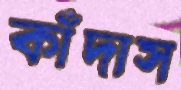
কাঁদাস